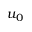
u _ { 0 }